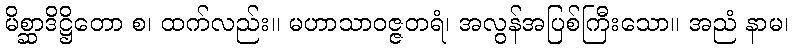
မိစ္ဆာဒိဋ္ဌိတော စ၊ ထက်လည်း။ မဟာသာဝဇ္ဇတရံ၊ အလွန်အပြစ်ကြီးသော။ အညံ နာမ၊